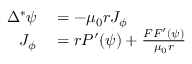
\begin{array} { r l } { \Delta ^ { * } \psi } & { { } = - \mu _ { 0 } r J _ { \phi } } \\ { J _ { \phi } } & { { } = r P ^ { \prime } ( \psi ) + \frac { F F ^ { \prime } ( \psi ) } { \mu _ { 0 } r } } \end{array}